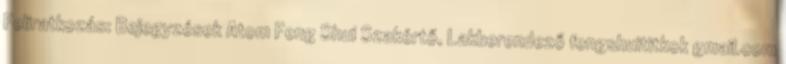
Feliratkozás: Bejegyzések Atom Feng Shui Szakértő, Lakberendező fengshuititkok gmail.com